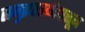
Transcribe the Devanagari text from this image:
समुद्रपातळीपासून